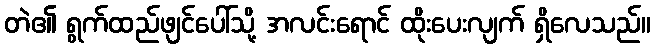
တဲ၏ ရွက်ထည်ဖျင်ပေါ်သို့ အလင်းရောင် ထိုးပေးလျက် ရှိလေသည်။